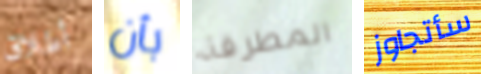
أطلاق بأن المطرقة سأتجاوز